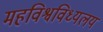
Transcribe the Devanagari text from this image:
महविश्वविध्यलय